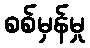
စစ်မှန်မှု